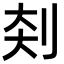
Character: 𪟃